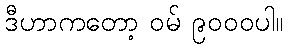
ဒီဟာကတော့ ဝမ် ၉၀၀၀ပါ။